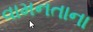
વામનતાના